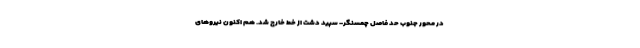
در محور جنوب حد فاصل چمسنگر- سپید دشت از خط خارج شد. هم اکنون نیروهای